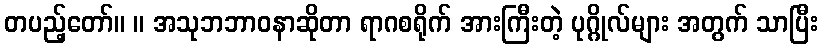
တပည့်တော်။ ။ အသုဘဘာဝနာဆိုတာ ရာဂစရိုက် အားကြီးတဲ့ ပုဂ္ဂိုလ်များ အတွက် သာပြီး